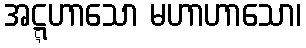
အဋ္ဋဟာသော မဟာဟာသော၊